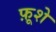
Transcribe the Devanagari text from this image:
फ़ूशे